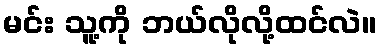
မင်း သူ့ကို ဘယ်လိုလို့ထင်လဲ။